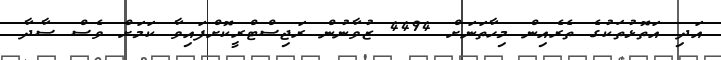
އަދި އަތޮޅުތަކުގެ ތެރެއިން މިހާތަނަށް 4494 ޒުވާނުން ރަޖިސްޓްރީކޮށްފައިވާ ކަމަށް ވެސް ސާދާ